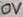
Text: 0V